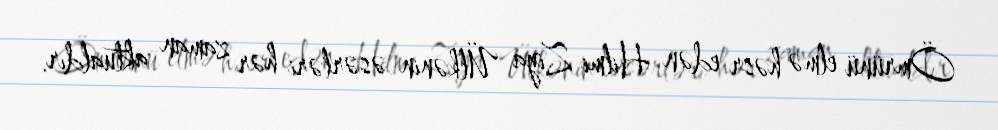
Ömrünü elmə həsr edən Hilmi Ziya Ülkənin əsərləri hər zaman aktualdır.